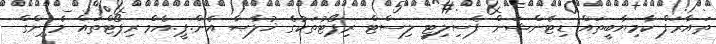
ތައާރަފް ކާމިޔާބީތައް ޑިޓެންޝަން ފެސިލިޓީ ލިސްޓް ރިޕޯޓުތަކުގެ ޚުލާޞާ އެން.ޕީ.އެމް ރިޕޯޓްތައް މެޕިންގް